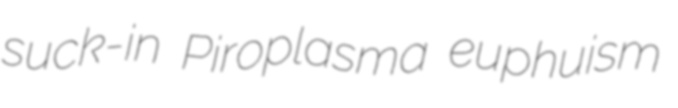
suck-in Piroplasma euphuism